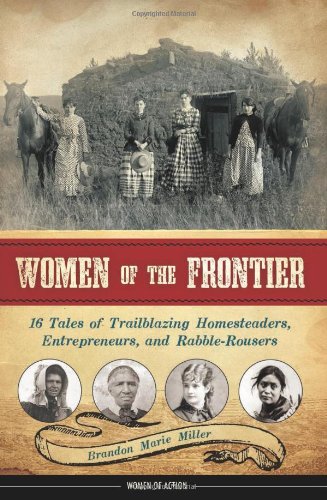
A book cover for Women of the Frontier: 16 Tales of Trailblazing Homesteaders, Entrepreneurs, and Rabble-Rousers (Women of Action); Brandon Marie Miller; Teen & Young Adult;